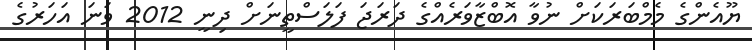
ޔޫއެންގެ މެމްބަރަކަށް ނުވާ އޮބްޒާވަރެއްގެ ދަރަޖަ ފަލަސްތީނަށް ދިނީ 2012 ވަނަ އަހަރުގެ